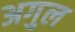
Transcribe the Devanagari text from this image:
अगुल